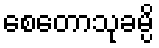
စေတောသုခမ္ပိ